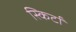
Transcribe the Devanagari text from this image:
स्किर्टों